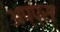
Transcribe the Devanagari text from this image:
अप्प्स